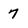
Character: 7